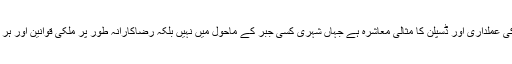
سعودی معاشرہ آج ریاستی قوانین کی عملداری اور ڈسپلن کا مثالی معاشرہ ہے جہاں شہری کسی جبر کے ماحول میں نہیں بلکہ رضاکارانہ طور پر ملکی قوانین اور ہر شاہی فرمان کی اطاعت کرتے ہیں۔